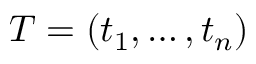
T = ( t _ { 1 } , \ldots , t _ { n } ) \,